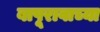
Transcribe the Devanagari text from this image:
बापूरावाच्या